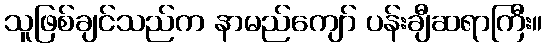
သူဖြစ်ချင်သည်က နာမည်ကျော် ပန်းချီဆရာကြီး။